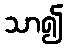
သာ၍